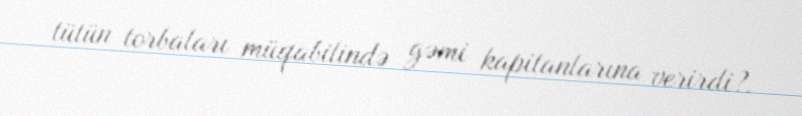
tütün torbaları müqabilində gəmi kapitanlarına verirdi?.